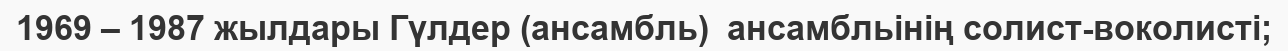
1969 – 1987 жылдары Гүлдер (ансамбль)  ансамбльінің солист-воколисті;